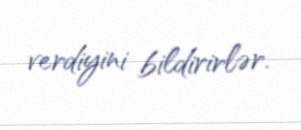
verdiyini bildirirlər.